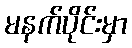
မနက်ပိုင်းမှာ